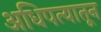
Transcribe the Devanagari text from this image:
अधिपत्यातून